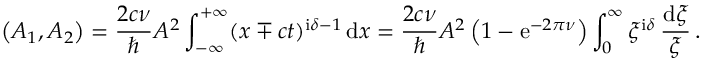
\left( A _ { 1 } , A _ { 2 } \right) = \frac { 2 c \nu } { \hbar } { \cal A } ^ { 2 } \int _ { - \infty } ^ { + \infty } ( x \mp c t ) ^ { \mathrm { i } \delta - 1 } \, \mathrm { d } x = \frac { 2 c \nu } { \hbar } { \cal A } ^ { 2 } \left( 1 - \mathrm { e } ^ { - 2 \pi \nu } \right) \int _ { 0 } ^ { \infty } \xi ^ { \mathrm { i } \delta } \, \frac { \mathrm { d } \xi } { \xi } \, .